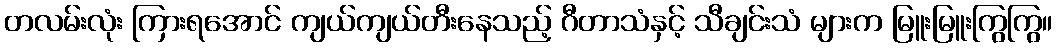
တလမ်းလုံး ကြားရအောင် ကျယ်ကျယ်တီးနေသည့် ဂီတာသံနှင့် သီချင်းသံ များက မြူးမြူးကြွကြွ။